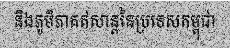
និងភូមិភាគឥសាន្តនៃប្រទេសកម្ពុជា